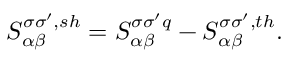
{ S _ { \alpha \beta } ^ { \sigma \sigma ^ { \prime } , s h } } = S _ { \alpha \beta } ^ { \sigma \sigma ^ { \prime } q } - { S _ { \alpha \beta } ^ { \sigma \sigma ^ { \prime } , t h } } .